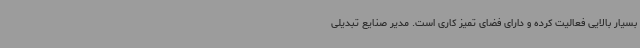
بسیار بالایی فعالیت کرده و دارای فضای تمیز کاری است. مدیر صنایع تبدیلی